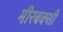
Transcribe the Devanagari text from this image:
मीरबक्शी